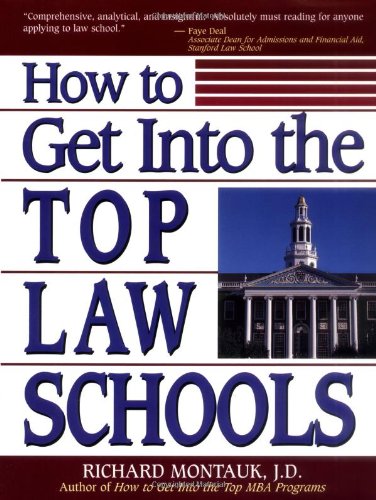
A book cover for How to Get Into the Top Law Schools (The Degree of Difference Series); Richard Montauk; Education & Teaching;